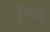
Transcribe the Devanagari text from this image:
निलू